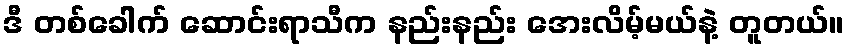
ဒီ တစ်ခေါက် ဆောင်းရာသီက နည်းနည်း အေးလိမ့်မယ်နဲ့ တူတယ်။